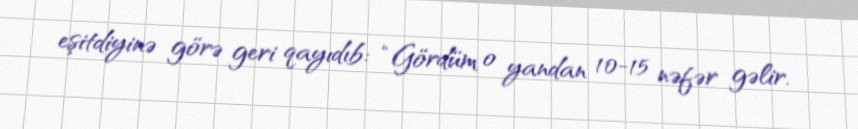
eşitdiyinə görə geri qayıdıb: “Gördüm o yandan 10-15 nəfər gəlir.